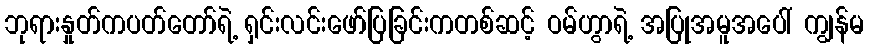
ဘုရားနှုတ်ကပတ်တော်ရဲ့ ရှင်းလင်းဖော်ပြခြင်းကတစ်ဆင့် ဝမ်ဟွာရဲ့ အပြုအမူအပေါ် ကျွန်မ